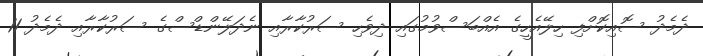
ދެމެދު ސޮއިކޮށްފި ހިލޭއެހީގެ އެއްބަސްވުމުގައި ދިވެހި ސަރުކާރާއި ނެދަލޭންޑްސްގެ ސަރުކާރާއި ދެމެދު 11